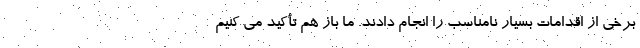
برخی از اقدامات بسیار نامناسب را انجام دادند. ما باز هم تأکید می کنیم